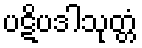
ပဋိပဒါသုတ္တံ